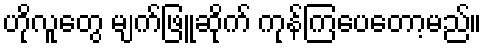
ဟိုလူတွေ မျက်ဖြူဆိုက် ကုန်ကြပေတော့မည်။